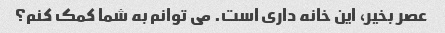
عصر بخیر، این خانه داری است. می توانم به شما کمک کنم؟